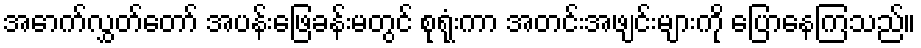
အောက်လွှတ်တော် အပန်းဖြေခန်းမတွင် စုရုံးကာ အတင်းအဖျင်းများကို ပြောနေကြသည်။